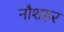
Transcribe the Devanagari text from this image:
नौशहर